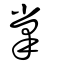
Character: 掌